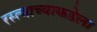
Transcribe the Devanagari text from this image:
रस्त्याच्याकडेला